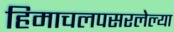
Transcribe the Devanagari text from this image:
हिमाचलपसरलेल्या